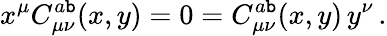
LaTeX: x^{\mu}C_{\mu\nu}^{a\mathtt{b}}(x,y)=0=C_{\mu\nu}^{a\mathtt{b}}(x,y)\, y^{\nu}\, .